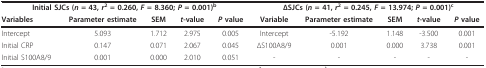
<table><thead><tr><td colspan="5"><b>Initial SJCs (<i>n </i>= 43, <i>r</i><sup>2 </sup>= 0.260, <i>F </i>= 8.360; <i>P </i>= 0.001)<sup>b</sup></b></td><td colspan="5"><b>ΔSJCs (<i>n </i>= 41, <i>r</i><sup>2 </sup>= 0.245, <i>F </i>= 13.974; <i>P </i>= 0.001)<sup>c</sup></b></td></tr><tr><td><b>Variables</b></td><td><b>Parameter estimate</b></td><td><b>SEM</b></td><td><b><i>t</i>-value</b></td><td><b><i>P </i>value</b></td><td><b>Variable</b></td><td><b>Parameter estimate</b></td><td><b>SEM</b></td><td><b><i>t</i>-value</b></td><td><b><i>P </i>value</b></td></tr></thead><tbody><tr><td>Intercept</td><td>5.093</td><td>1.712</td><td>2.975</td><td>0.005</td><td>Intercept</td><td>-5.192</td><td>1.148</td><td>-3.500</td><td>0.001</td></tr><tr><td>Initial CRP</td><td>0.147</td><td>0.071</td><td>2.067</td><td>0.045</td><td>ΔS100A8/9</td><td>0.001</td><td>0.000</td><td>3.738</td><td>0.001</td></tr><tr><td>Initial S100A8/9</td><td>0.001</td><td>0.000</td><td>2.010</td><td>0.051</td><td>-</td><td>-</td><td>-</td><td>-</td><td>-</td></tr></tbody></table>